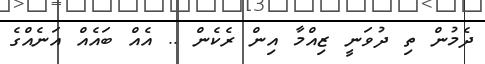
ދެމުން ތި ދުވަނީ ޒިއްމާ އިން ރެކެން .. އެއް ބައެއް އަނެއްގެ